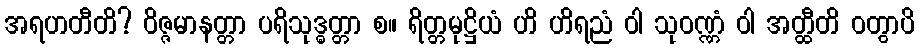
အရဟတီတိ? ဝိဇ္ဇမာနတ္တာ ပရိသုဒ္ဓတ္တာ စ။ ရိတ္တမုဋ္ဌိယံ ဟိ ဟိရညံ ဝါ သုဝဏ္ဏံ ဝါ အတ္ထီတိ ဝတွာပိ